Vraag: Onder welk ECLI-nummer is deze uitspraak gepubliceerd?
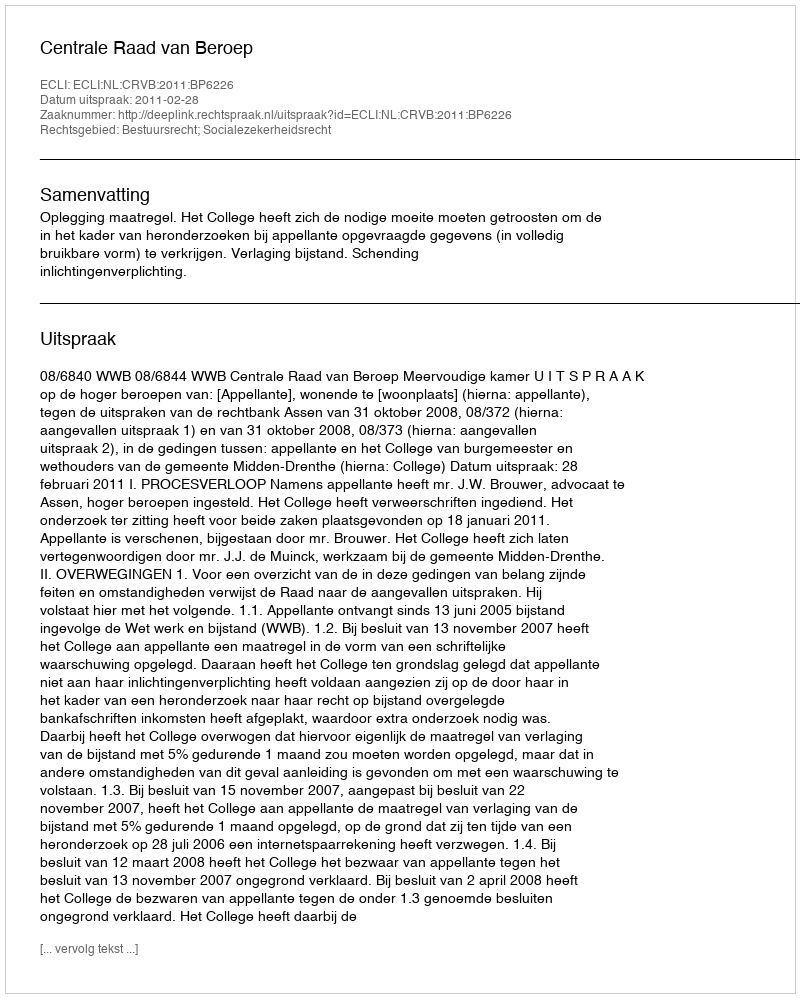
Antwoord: ECLI:NL:CRVB:2011:BP6226